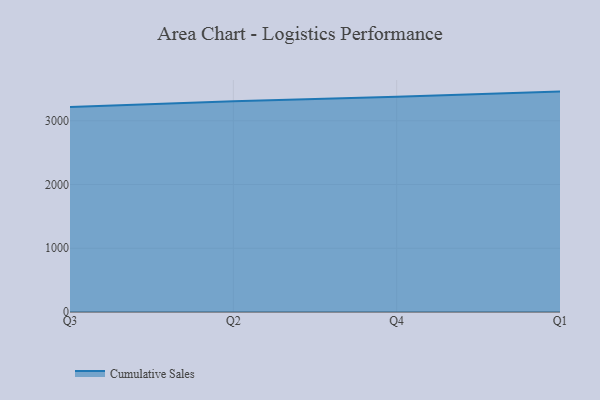
{"axis": {"x": "Quarter", "y": "Churn Rate (%)"}, "legend": ["Cumulative Sales"], "data": [{"x": "Q3", "y": 3216.2, "type": "Cumulative Sales"}, {"x": "Q2", "y": 3304.9, "type": "Cumulative Sales"}, {"x": "Q4", "y": 3374.8, "type": "Cumulative Sales"}, {"x": "Q1", "y": 3457.3, "type": "Cumulative Sales"}]}